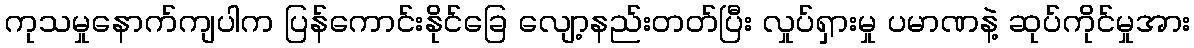
ကုသမှုနောက်ကျပါက ပြန်ကောင်းနိုင်ခြေ လျော့နည်းတတ်ပြီး လှုပ်ရှားမှု ပမာဏနဲ့ ဆုပ်ကိုင်မှုအား